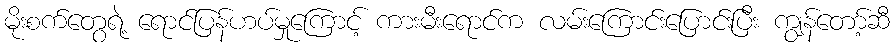
မိုးစက်တွေရဲ့ ရောင်ပြန်ဟပ်မှုကြောင့် ကားမီးရောင်က လမ်းကြောင်းပြောင်းပြီး ကျွန်တော့်ဆီ